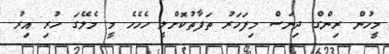
މީހުން ރިންގް ދިނަސް މިފަހަރު ތަފާތުކޮށްލީ ހެހެހެ މީ މެލޭގަ ހުރި އިރު